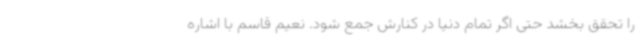
را تحقق بخشد حتی اگر تمام دنیا در کنارش جمع شود. نعیم قاسم با اشاره